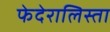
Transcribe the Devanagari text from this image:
फेदेरालिस्ता